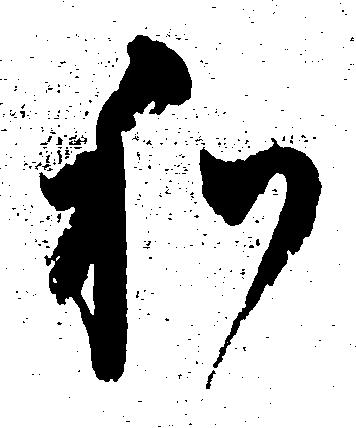
わ